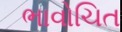
ભાવોચિત